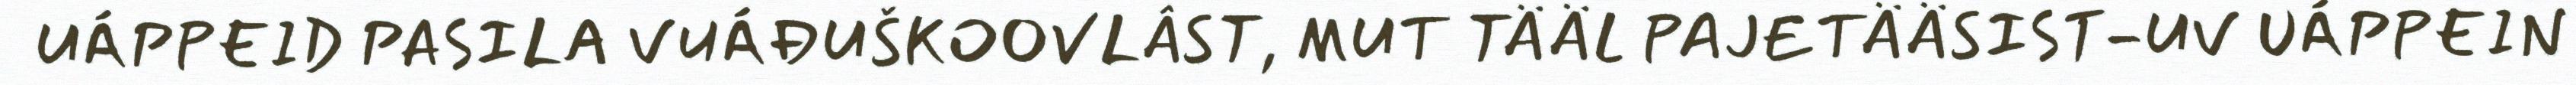
UÁPPEID PASILA VUÁĐUŠKOOVLÂST, MUT TÄÄL PAJETÄÄSIST-UV UÁPPEIN